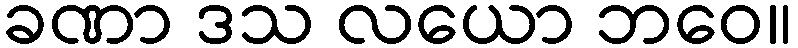
ခဏာ ဒသ လယော ဘဝေ။